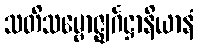
သတိသမ္ဗောဇ္ဈင်္ဂဋ္ဌာနိယာနံ